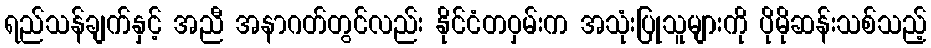
ရည်သန်ချက်နှင့် အညီ အနာဂတ်တွင်လည်း နိုင်ငံတဝှမ်းက အသုံးပြုသူများကို ပိုမိုဆန်းသစ်သည့်